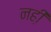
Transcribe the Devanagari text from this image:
नही़